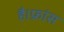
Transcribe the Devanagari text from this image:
है।फ्रांस